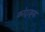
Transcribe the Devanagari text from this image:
कांट्राइव्ड